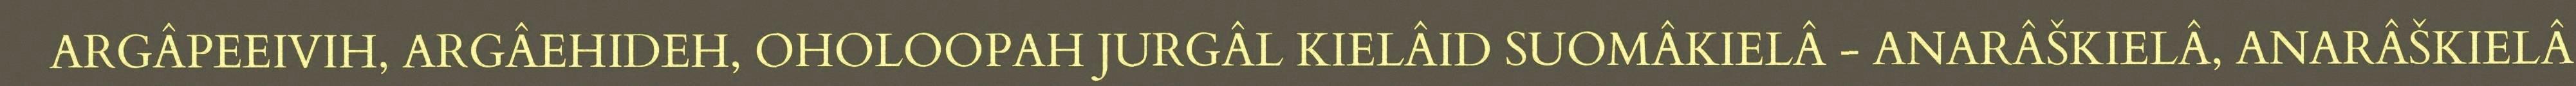
ARGÂPEEIVIH, ARGÂEHIDEH, OHOLOOPAH JURGÂL KIELÂID SUOMÂKIELÂ - ANARÂŠKIELÂ, ANARÂŠKIELÂ